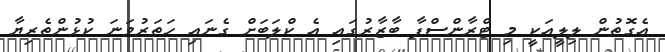
އެގޮތުން ލިލީއަކީ މި ޓްރާންސްފާ ބާޒާރުގައި އެ ކްލަބަށް ގެނައި ހަތަރުވަނަ ކުޅުންތެރިޔާ